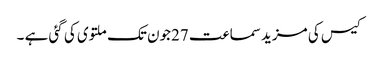
کیس کی مزید سماعت 27جون تک ملتوی کی گئی ہے ۔